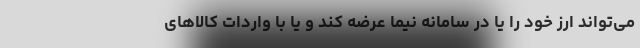
می‌تواند ارز خود را یا در سامانه نیما عرضه کند و یا با واردات کالاهای